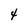
Character: 4